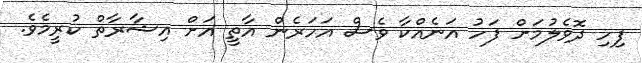
ފިހި ދޮވެލުމަށް ފަހު އަނެއްކާ ވެސް އަހަރެން އާތީ އަށް އިޝާރާތް ކުރީމެވެ.